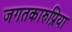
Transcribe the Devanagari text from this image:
जगतकारुप्रिया